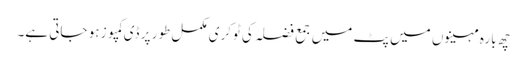
چھ بارہ مہینوں میں پٹ میں جمع فضلہ کی ٹوکری مکمل طور پر ڈی کمپوز ہو جاتی ہے۔